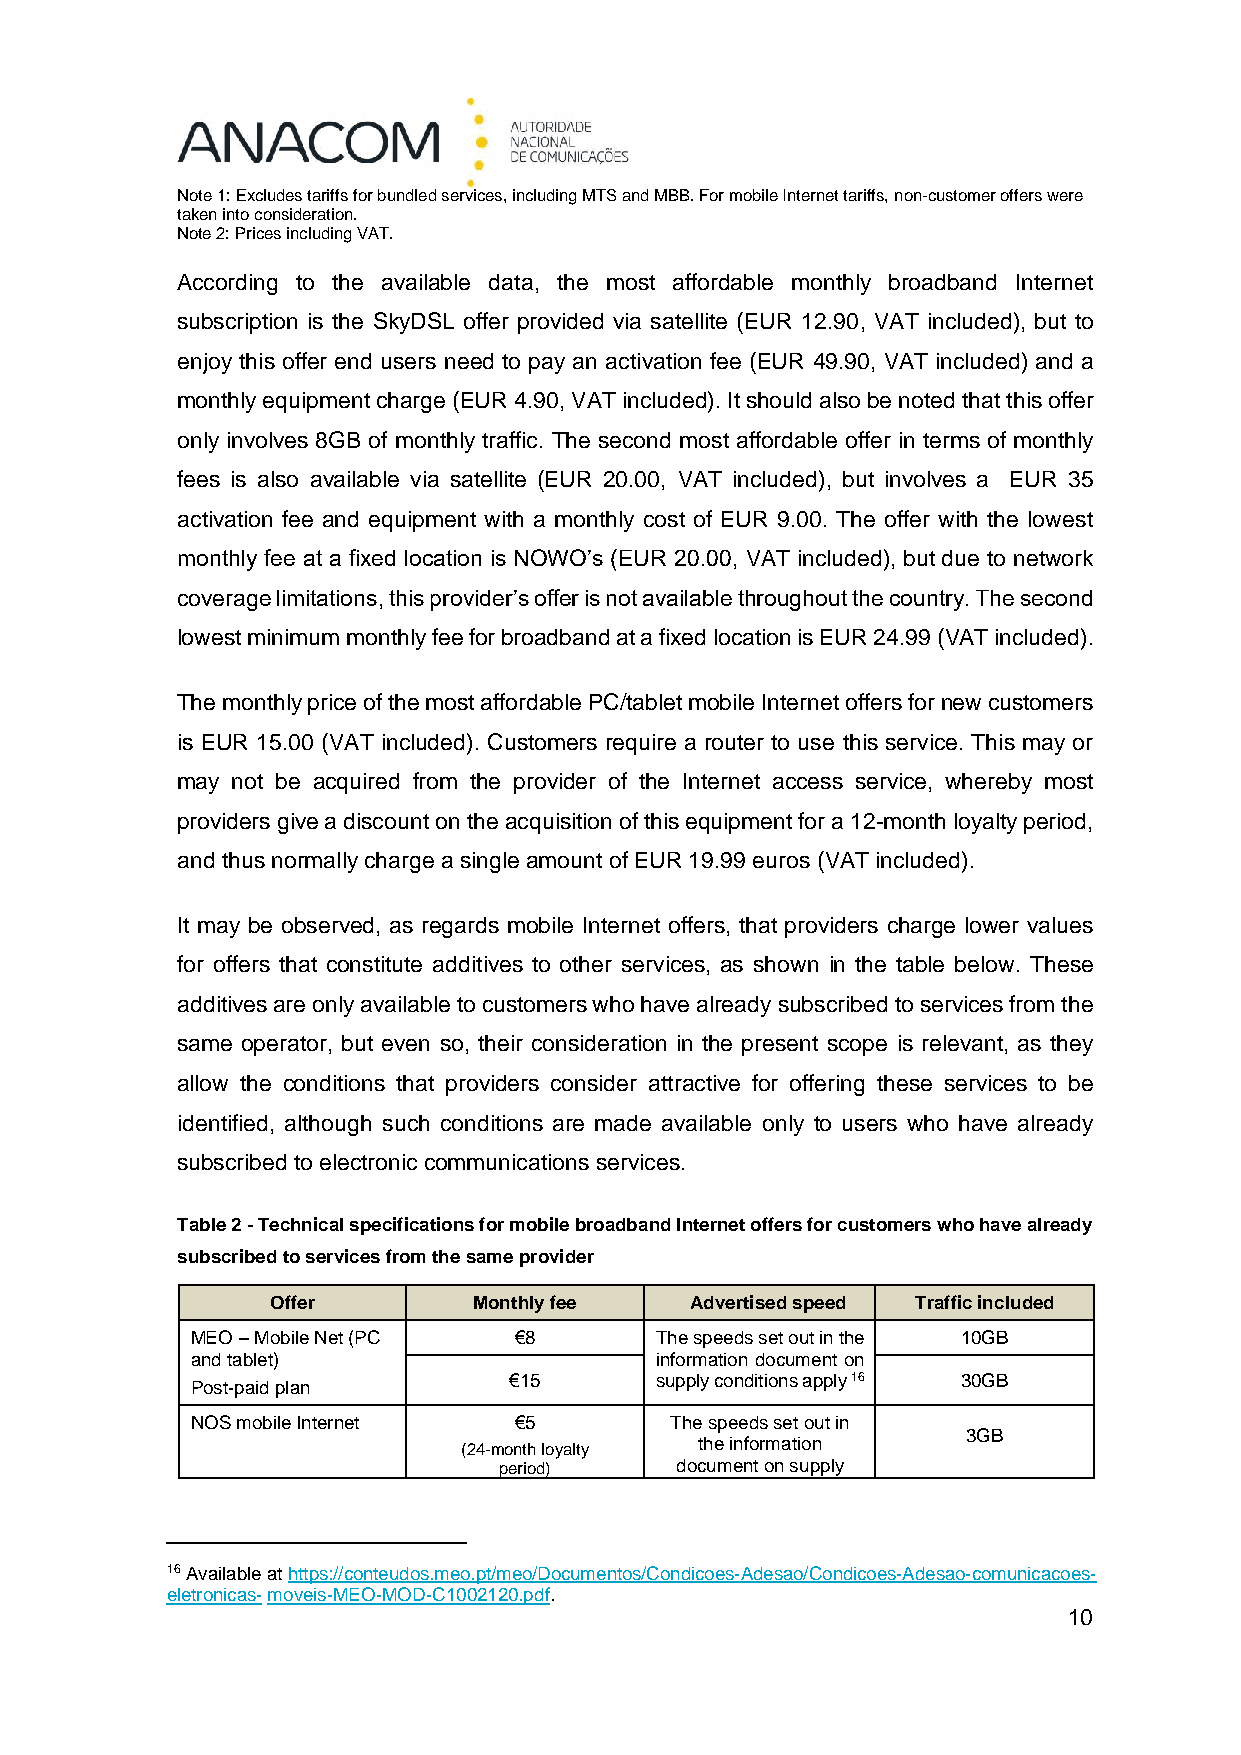
Note 1: Excludes tariffs for bundled services, including MTS and MBB. For mobile Internet tariffs, non-customer offers were
 taken into consideration.
 Note 2: Prices including VAT.
 According to the available data, the most affordable monthly broadband Internet
 subscription is the SkyDSL offer provided via satellite (EUR 12.90, VAT included), but to
 enjoy this offer end users need to pay an activation fee (EUR 49.90, VAT included) and a
 monthly equipment charge (EUR 4.90, VAT included). It should also be noted that this offer
 only involves 8GB of monthly traffic. The second most affordable offer in terms of monthly
 fees is also available via satellite (EUR 20.00, VAT included), but involves a EUR 35
 activation fee and equipment with a monthly cost of EUR 9.00. The offer with the lowest
 monthly fee at a fixed location is NOWO’s (EUR 20.00, VAT included), but due to network
 coverage limitations, this provider’s offer is not available throughout the country. The second
 lowest minimum monthly fee for broadband at a fixed location is EUR 24.99 (VAT included).
 The monthly price of the most affordable PC/tablet mobile Internet offers for new customers
 is EUR 15.00 (VAT included). Customers require a router to use this service. This may or
 may not be acquired from the provider of the Internet access service, whereby most
 providers give a discount on the acquisition of this equipment for a 12-month loyalty period,
 and thus normally charge a single amount of EUR 19.99 euros (VAT included).
 It may be observed, as regards mobile Internet offers, that providers charge lower values
 for offers that constitute additives to other services, as shown in the table below. These
 additives are only available to customers who have already subscribed to services from the
 same operator, but even so, their consideration in the present scope is relevant, as they
 allow the conditions that providers consider attractive for offering these services to be
 identified, although such conditions are made available only to users who have already
 subscribed to electronic communications services.
 Table 2 - Technical specifications for mobile broadband Internet offers for customers who have already
 subscribed to services from the same provider
 Offer        Monthly fee    Advertised speed Traffic included
 MEO – Mobile Net (PC €8       The speeds set out in the 10GB
 and tablet)                   information document on
 €15      supply conditions apply 16 30GB
 Post-paid plan
 NOS mobile Internet  €5        The speeds set out in
 3GB
 (24-month loyalty the information
 period)     document on supply
 16 Available at https://conteudos.meo.pt/meo/Documentos/Condicoes-Adesao/Condicoes-Adesao-comunicacoes-
 eletronicas- moveis-MEO-MOD-C1002120.pdf.
 10